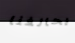
يحالفنا